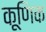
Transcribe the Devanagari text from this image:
कूणिक